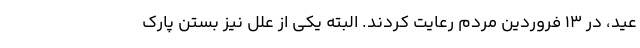
عید، در ۱۳ فروردین مردم رعایت کردند. البته یکی از علل نیز بستن پارک